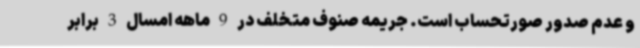
و عدم صدور صورتحساب است. جریمه صنوف متخلف در 9 ماهه امسال 3 برابر